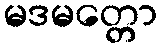
မဒမတ္တော